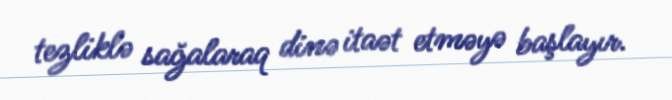
tezliklə sağalaraq dinə itaət etməyə başlayır.